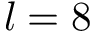
l = 8